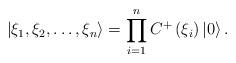
LaTeX: \begin{align*}\left| \xi _{1},\xi _{2},\ldots ,\xi _{n}\right\rangle=\prod_{i=1}^{n}C^{+}\left( \xi _{i}\right) \left| 0\right\rangle .\end{align*}